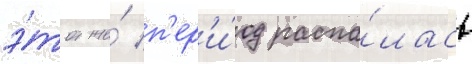
э́тот же́ п'ер'и́од распа́лась